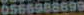
0566988699